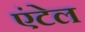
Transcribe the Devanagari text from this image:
एंटेल